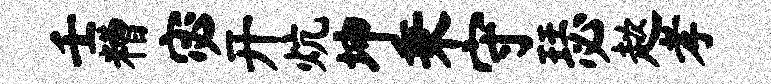
壬糟宓开炕坤秉守瑟趑孝